Scottish Leaving Certificate Examination, 1951
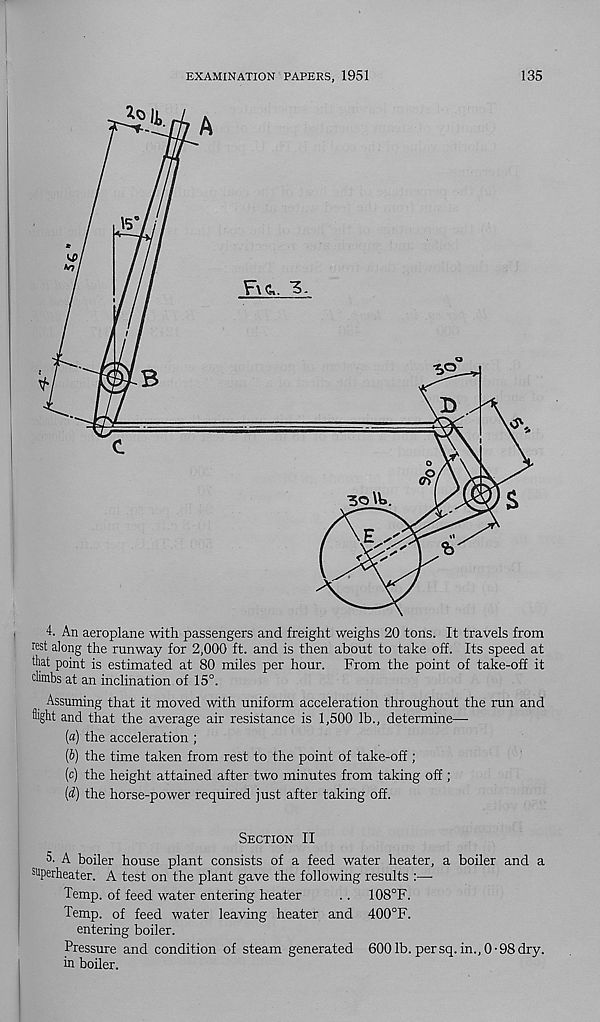
EXAMINATION PAPERS, 1951
135
Assuming that it moved with uniform acceleration throughout the run and
flight and that the average air resistance is 1,500 lb., determine—
(a) the acceleration ;
(b) the time taken from rest to the point of take-off;
(c) the height attained after two minutes from taking off ;
(d) the horse-power required just after taking off.
Section II
A- A boiler house plant consists of a feed water heater, a boiler and a
superheater. A test on the plant gave the following results :—
Temp, of feed water entering heater
. . 108°F.
Temp, of feed water leaving heater and 400°F.
entering boiler.
Pressure and condition of steam generated 600 lb. per sq. in., 0-98 dry.
in boiler.